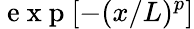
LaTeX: \mathrm{~e~x~p~}[-(x/L)^{p}]